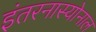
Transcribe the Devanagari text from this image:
इंतरनास्योनाल